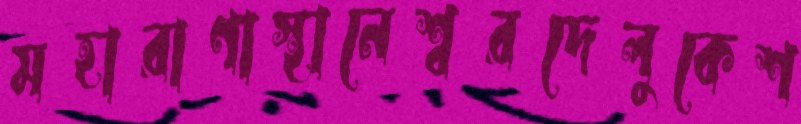
মহারাণাস্থানেশ্বরদেলুকেশ